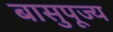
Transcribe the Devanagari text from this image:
बासुपूज्य